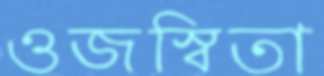
ওজস্বিতা